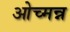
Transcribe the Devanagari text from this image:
ओच्मन्न